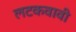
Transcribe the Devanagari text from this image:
लटकवावी